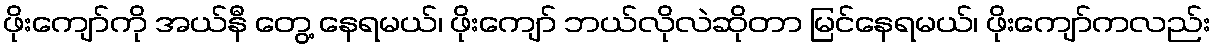
ဖိုးကျော်ကို အယ်နီ တွေ့ နေရမယ်၊ ဖိုးကျော် ဘယ်လိုလဲဆိုတာ မြင်နေရမယ်၊ ဖိုးကျော်ကလည်း